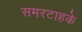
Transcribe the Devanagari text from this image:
समरटाहके